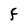
Character: F